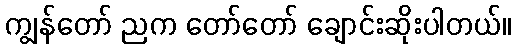
ကျွန်တော် ညက တော်တော် ချောင်းဆိုးပါတယ်။